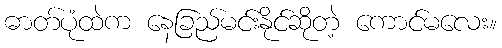
ဓာတ်ပုံထဲက နေခြည်မင်းနိုင်ဆိုတဲ့ ကောင်မလေး။